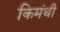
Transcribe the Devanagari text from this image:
किमंथी